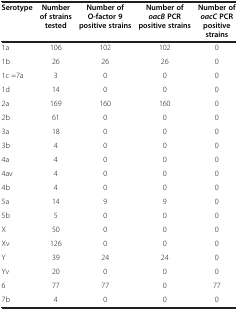
| Serotype | Number of strains tested | Number of O-factor 9 positive strains | Number ofoacBPCR positive strains | Number ofoacCPCR positive strains |
 | --- | --- | --- | --- | --- |
 | 1a | 106 | 102 | 102 | 0 |
 | 1b | 26 | 26 | 26 | 0 |
 | 1c =7a | 3 | 0 | 0 | 0 |
 | 1d | 14 | 0 | 0 | 0 |
 | 2a | 169 | 160 | 160 | 0 |
 | 2b | 61 | 0 | 0 | 0 |
 | 3a | 18 | 0 | 0 | 0 |
 | 3b | 4 | 0 | 0 | 0 |
 | 4a | 4 | 0 | 0 | 0 |
 | 4av | 4 | 0 | 0 | 0 |
 | 4b | 4 | 0 | 0 | 0 |
 | 5a | 14 | 9 | 9 | 0 |
 | 5b | 5 | 0 | 0 | 0 |
 | X | 50 | 0 | 0 | 0 |
 | Xv | 126 | 0 | 0 | 0 |
 | Y | 39 | 24 | 24 | 0 |
 | Yv | 20 | 0 | 0 | 0 |
 | 6 | 77 | 77 | 0 | 77 |
 | 7b | 4 | 0 | 0 | 0 |